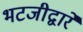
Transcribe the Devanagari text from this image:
भटजीद्वारे